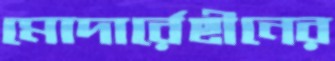
মোদার্রেছীনের